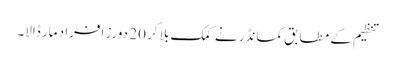
تنظیم کے مطابق کمانڈر نے کمک بلا کر 20 دورز افراد مار ڈالا۔